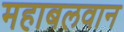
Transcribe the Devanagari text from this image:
महाबलवान